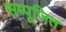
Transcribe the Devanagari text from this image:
सम्पूजित